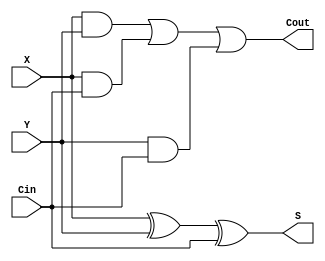
module FA (Cin, X, Y, S, Cout);

input Cin, X, Y;
output Cout, S;

assign S = (X ^ Y ^ Cin);
assign Cout = ((X&Y)|(X&Cin)|(Y&Cin));

endmodule